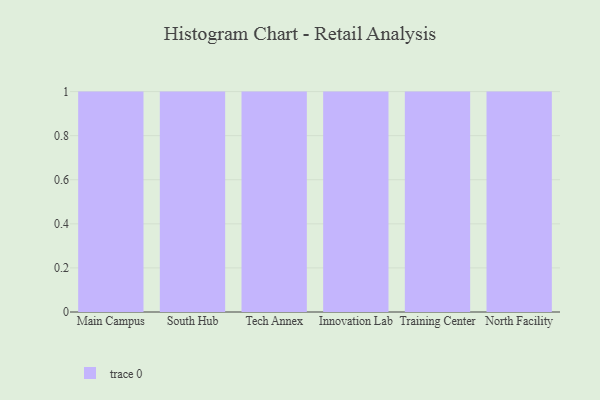
{"axis": {"x": "Campus", "y": "Market Share (%)"}, "legend": [""], "data": [{"x": "Main Campus", "y": 48, "type": ""}, {"x": "South Hub", "y": 13, "type": ""}, {"x": "Tech Annex", "y": 23, "type": ""}, {"x": "Innovation Lab", "y": 14, "type": ""}, {"x": "Training Center", "y": 70, "type": ""}, {"x": "North Facility", "y": 95, "type": ""}]}